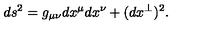
d s ^ { 2 } = g _ { \mu \nu } d x ^ { \mu } d x ^ { \nu } + ( d x ^ { \perp } ) ^ { 2 } .